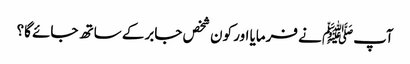
آپﷺ نے فرمایا اور کون شخص جابر کے ساتھ جائے گا؟